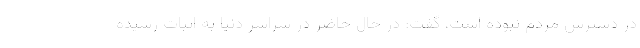
در دسترس مردم نبوده است، گفت: در حال حاضر در سراسر دنیا به اثبات رسیده